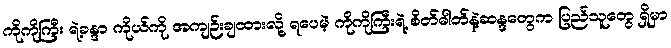
ကိုကိုကြီး ရဲ့ခန္ဒာ ကိုယ်ကို အကျဉ်းချထားလို့ ရပေမဲ့ ကိုကိုကြီးရဲ့ စိတ်ဓါတ်နဲ့ဆန္ဒတွေက ပြည်သူတွေ ရှိမှာ